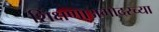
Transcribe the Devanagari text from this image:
शिक्षणाअगोदरच्या